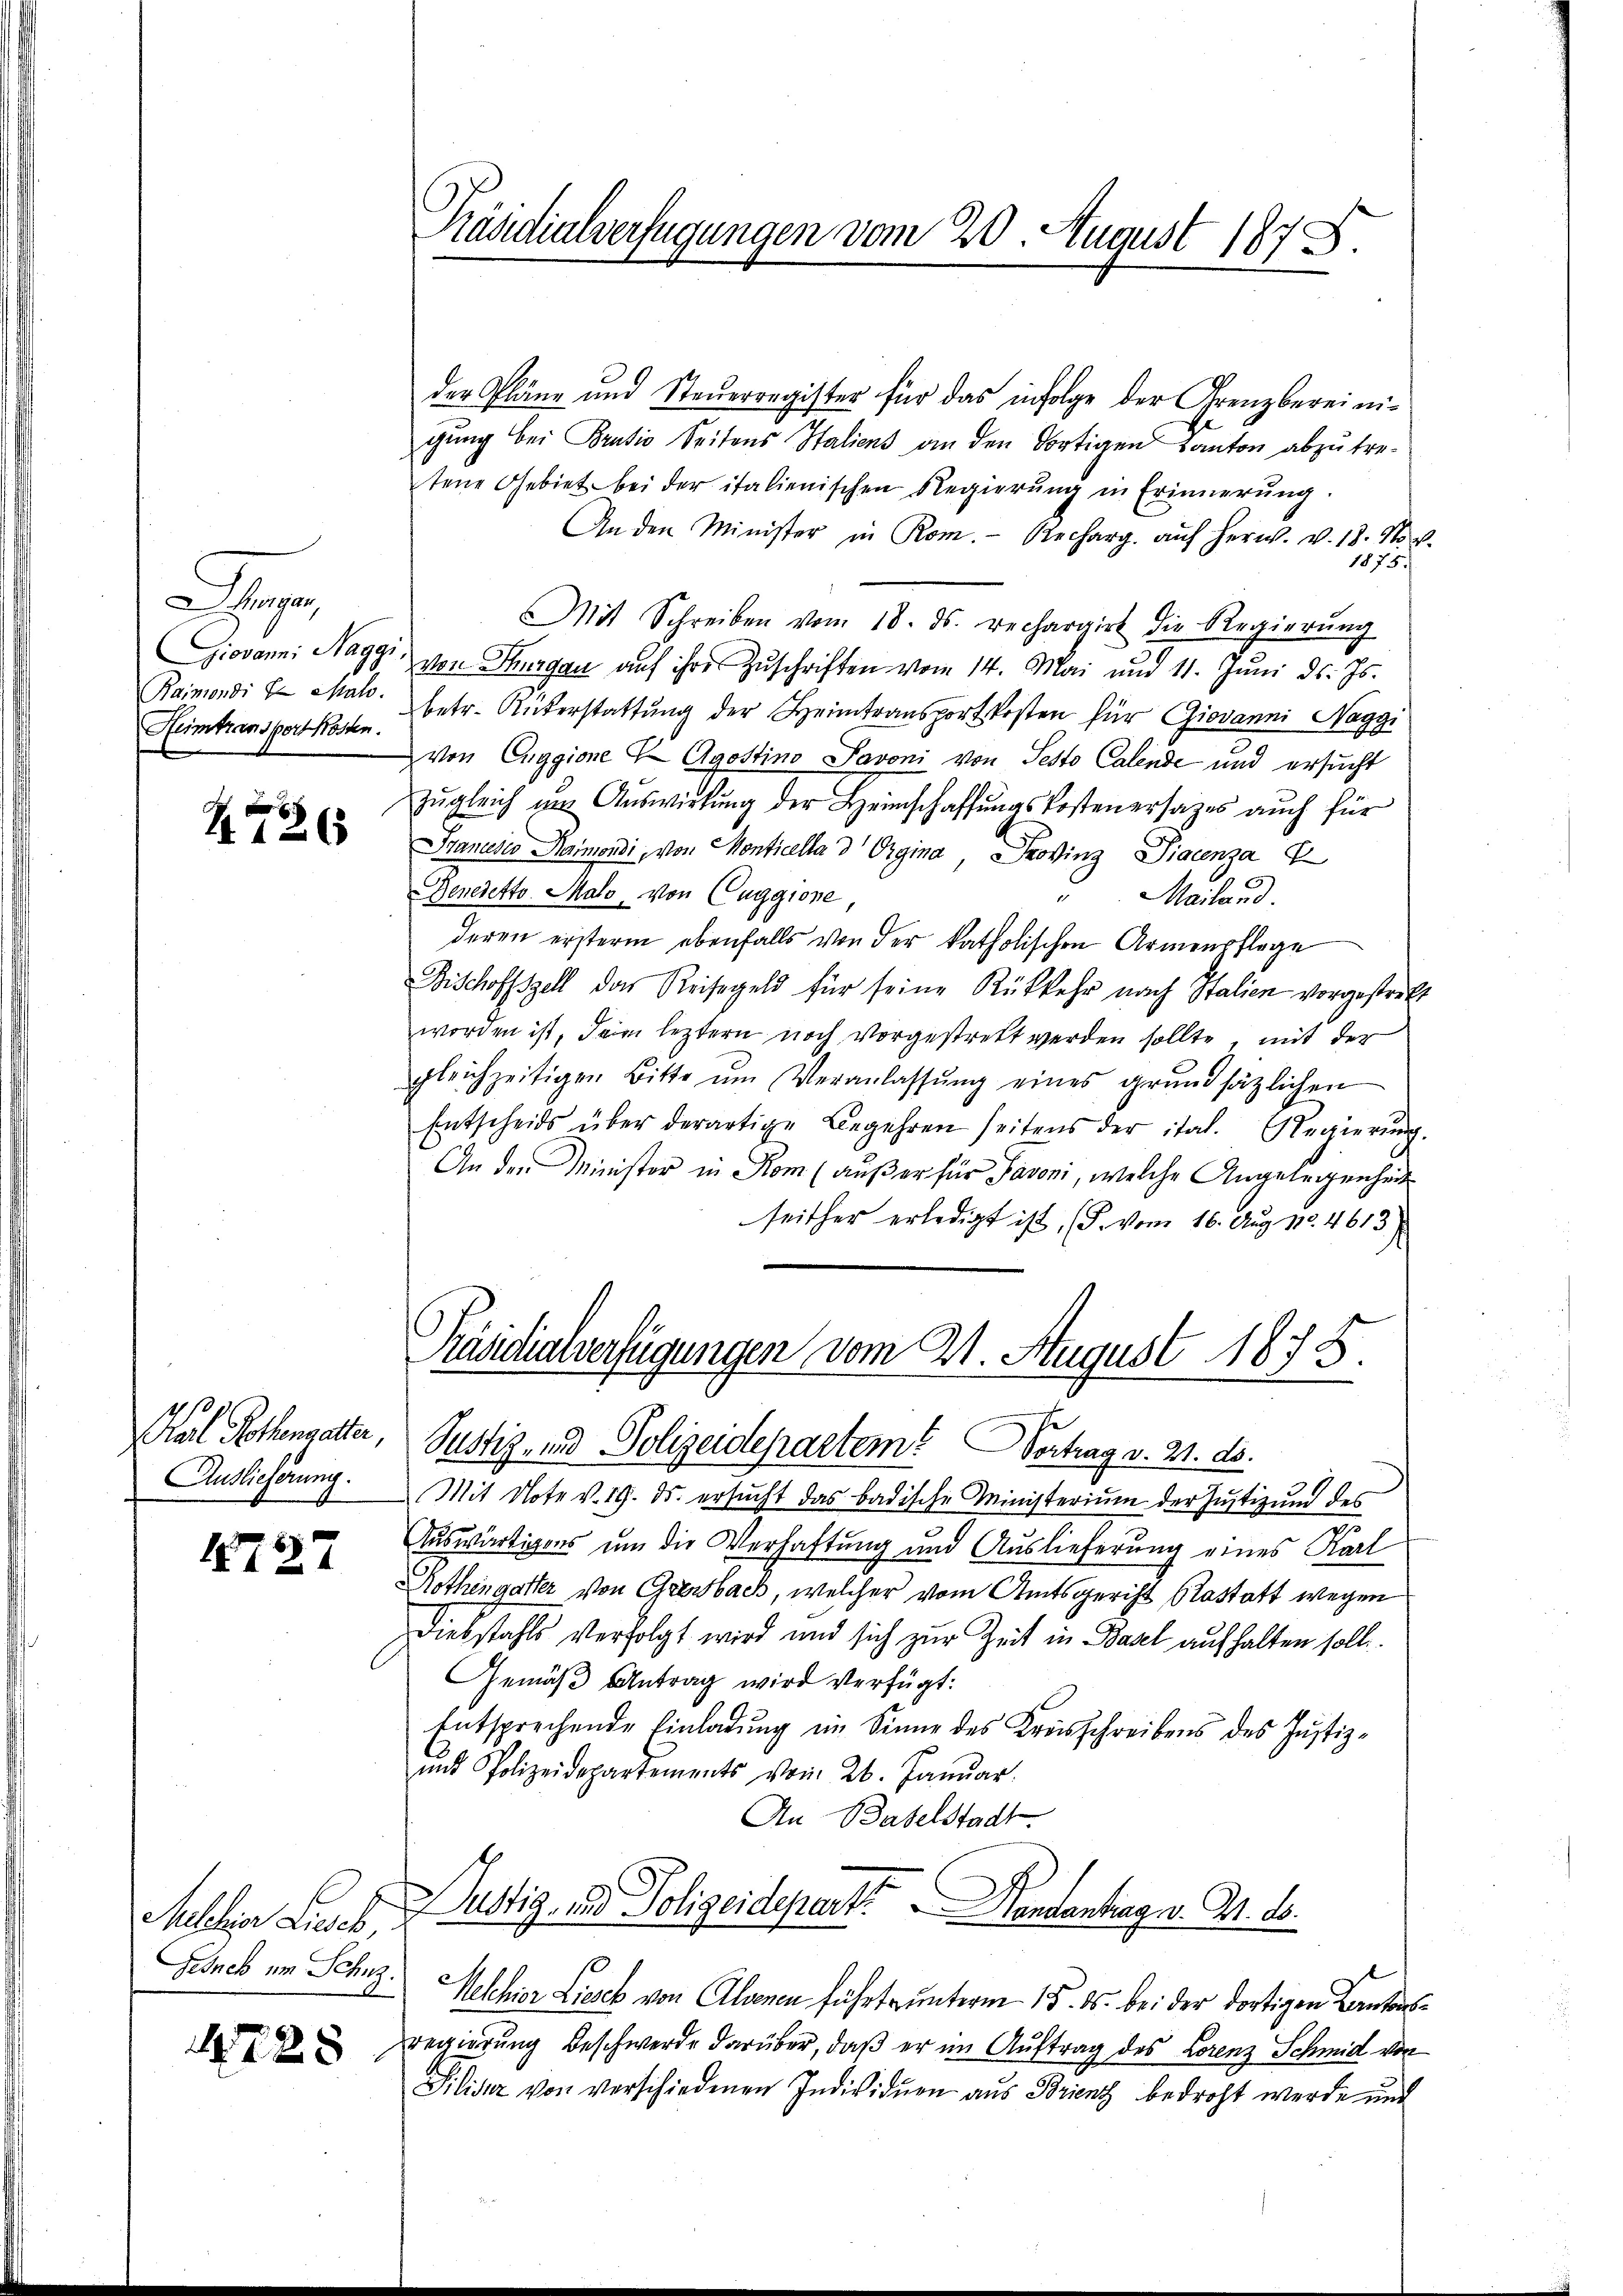
e
Rainendi & Mato.
Heimtransportkosten.

4736

Auslieferung.

1727

Melcher Lieb
Gesuch um Schuz.

4728

Präsidialverfügungen vom 20. August 1875.

der Pläne und Steŭerregister für das infolge der Grenzbereini-
gung bei Brusio Seitens Staliens an den dortigen Kanton abzutretene Gebiet bei der italienischen Regierŭng in Erinnerŭng.
An den Minister in Rom. Recharg. aŭf herw. v. 18. No. 4.
1875.
Mit Schreiben vom 18. ds. rechargirt die Regierŭng
Giovann: Naggi, von Thurgau aŭf ihre Zŭschriften vom 14. Mai und 11. Jŭni d. Js.
betr. Unterstattŭng der Heimtransportkosten für Giovanni Naggi
von Euggione Agostino Pavoni von Pesto Calende und ersucht
zŭgleich um Auswirkung der Heimschaffŭngskostenersages auch für
Brancesco Harmondi, von Monticella d Origina, Provinz Diacenza
Deneretto Malo, von Caggiore,
Mailand.
deren erstern ebenfalls von der katholischen Armenpflege
Bischoffszell das Reisegeld für seine Rükkehr nach Stalien vorgestrett
worden ist, dem leztern noch vorgestrett werden sollte, mit der
gleichzeitigen Bitte ŭm Veranlassŭng eines grundsätzlichen
Entscheids über derartige Begehren seitens der ital. Regierŭng.
An den Minister in Rom (außer für Pavoni, welche Angelegenheit
seither erledigt ist, (F. vom 16. Aug. No. 4613)
Präsidialverfügungen vom 21. August 1878.
Karl Rothengatter, Justiz- und Polizeidepartem Vortrag v. 21. ds.
Mit Note v. 19. ds. ersucht das badische Ministerium der Justiz um des
Auswärtigens um die Verhaftung und Auslieferung eines Karl
Kothingatter von Grenbach, welcher vom Amtsgericht Bastatt wegen
Diebstahls verfolgt wird und sich zur Zeit in Basel aufhalten soll.
Gemäß Antrag wird verfügt:
Entsprechende Einladung im Sinne des Kreisschreibens des Justiz-
und Polizeidepartements vom 26. Januar
An Baselstadt.
Justiz- und Polizeideparte Kentantrag v. M. d.
Welchior Liesck von Altenen führte unterm 15. ds. bei der dortigen Cantonsregierung beschwerde darüber, daß er im Auftrag des Lorenz Schmid von
Pilisir von verschiedenen Individuen aus Brienz bedroht werde und